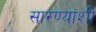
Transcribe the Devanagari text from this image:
सारण्यांशी